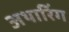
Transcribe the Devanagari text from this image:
अथारिंग